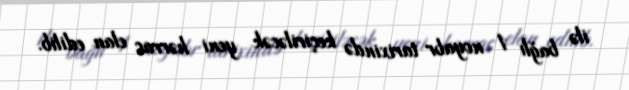
ilə bağlı 1 noyabr tarixində keçiriləcək yeni hərrac elan edilib.